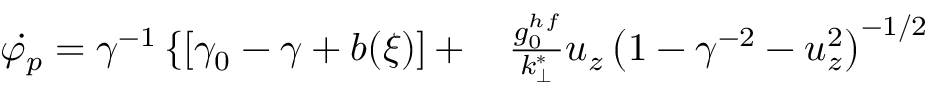
\begin{array} { r l } { \dot { \varphi _ { p } } = \gamma ^ { - 1 } \left\{ \left[ \gamma _ { 0 } - \gamma + b ( \xi ) \right] + \right. } & { { } \frac { g _ { 0 } ^ { h f } } { k _ { \perp } ^ { * } } u _ { z } \left( 1 - \gamma ^ { - 2 } - u _ { z } ^ { 2 } \right) ^ { - 1 / 2 } } \end{array}